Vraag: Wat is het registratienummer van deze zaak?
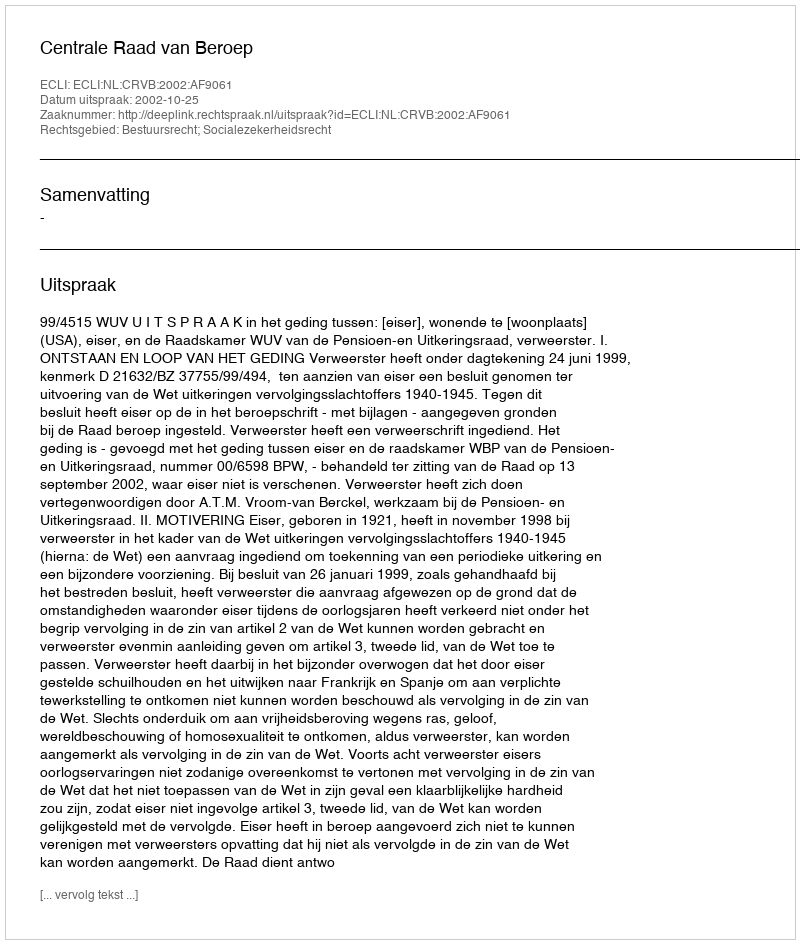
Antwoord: http://deeplink.rechtspraak.nl/uitspraak?id=ECLI:NL:CRVB:2002:AF9061